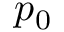
p _ { 0 }